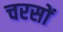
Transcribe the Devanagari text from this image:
चरसों